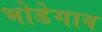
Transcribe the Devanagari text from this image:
भोडेगाव